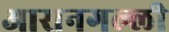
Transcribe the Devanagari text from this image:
आसनगल्ली